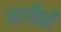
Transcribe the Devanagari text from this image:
साधीशी